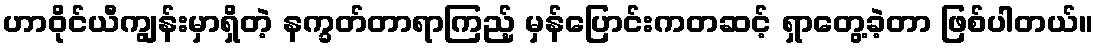
ဟာဝိုင်ယီကျွန်းမှာရှိတဲ့ နက္ခတ်တာရာကြည့် မှန်ပြောင်းကတဆင့် ရှာတွေ့ခဲ့တာ ဖြစ်ပါတယ်။